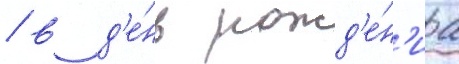
/ в д'е́нь рожд'е́н'иа